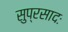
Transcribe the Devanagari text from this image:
सुप्रसादः